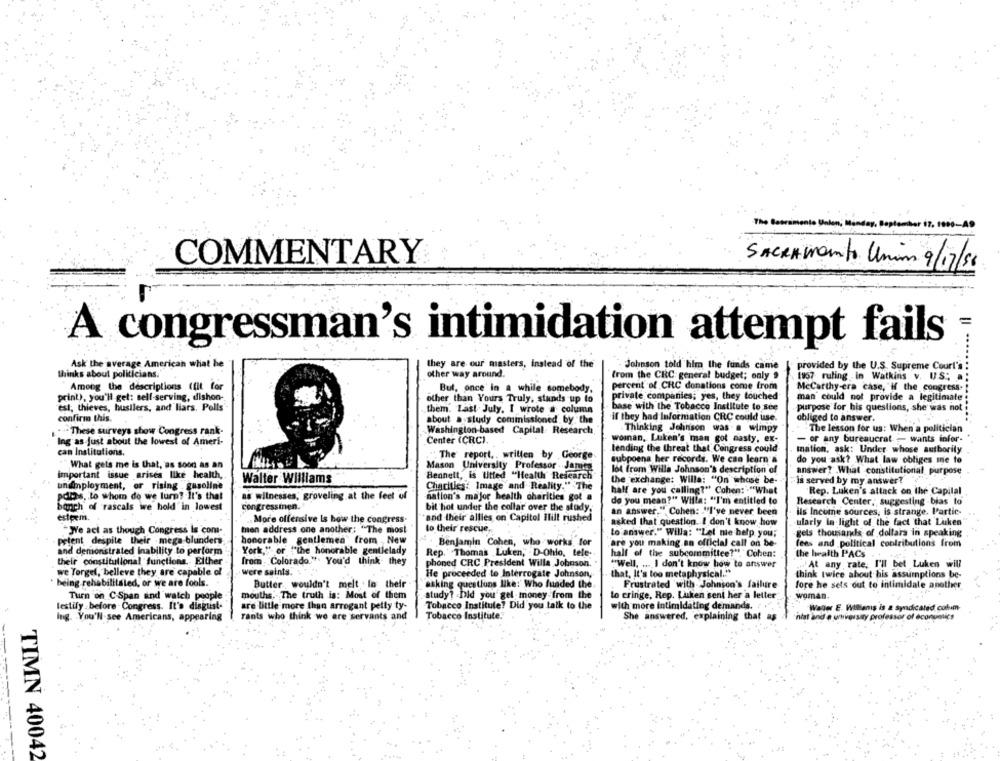
COMMENTARY
SACRAMENTO Unin 9/17/56
A congressman's intimidation attempt fails
Ask the average American what he
they are our masters, instead of the
Johnson told him the funds came
provided by the U.S. Supreme Court's
thinks about politicians.
other way around.
from the CRC: general budget; only 9
1957 ruling . in Watkins v. U.S .:
Among the descriptions (fit for
But, once in a while somebody,
percent of CRC donations come from
Mccarthy-era case, "if the congress.
man could not provide a legitimate
print), you'll get: sell-serving, dishon-
other than Yours Truly, stands up to
private companies; yes, they touched
est; thieves, hustlers, and liars. Polis
them. Last July, I wrote a column
base with the Tobacco Institute to see
purpose for his questions, she was not
confirm this.
about a study cominissioned by the
if they had Information CRC could use.
obliged to answer.
.- These surveys show Congress rank-
Washington-based Capital Research
Thinking Johnson was a wimpy
- The lesson for us: When a politician
Ing as-just about the lowest of Ameri-
Center (CRC).
woInan, Luken's man got nasty, ex-
- or any bureaucrat- wants infor-
lending the threat that Congress could
mation, ask: Under whose authority
can Institutions.
The report ,, written by George
What gels me is that, as soon as an
subpoena her records. We can learn's
do you ask? What law obliges me to
Mason University Professor .Jane
lot from Willa Johnson's description of
answer? What constitutional purpose
important issue arises like health,
Walter Williams
Bennett, is titted "Health Research
the exchange: Willa: "On whose be-
undiployment, or rising . gasoline
Charities: Image and Reality." The
is served by my answer?
half are you calling?" Cohen: "What
"Rep. Luken's attack on the Capital
polis, to whom do we turn? It's that
as witnesses; groveling at the feet of
nation's major health charities got a
do you mean?" Willa: "I'm entitled to
Research Center, suggesting -bias to
banch of rascals we hold in lowest
congressinen.
bit hot under the collar over the study.
an answer." Cohen: "I've never been
ils Income sources, is strange. Partic-
esteem.
"and their allies on Capitol Hill rushed
.More offensive Is how the congress-
asked that question. I don't know how
-ularly in light of the fact that Luken
"We act as though Congress Is com-
bien address one another; "The most
to their rescue,
to answer." Willa: "Let me help you;
gels thousands of dollars in speaking
petent despite their mega-blunders
honorable gentlemen from New
Benjamin Cohen, who works for
are you making an official call on be-
fees and political contributions from
and demonstrated inability to perform
York,"" or ""the honorable gentlelady
Rep. Thomas Luken," - D-Ohio, tele-
half of the subcommittee?"." Cohen:
the health PACs
their constitutional functions. Either
from : Colorado." You'd think- they
phoned CRC President Willa Johnson.
"Well. .... I don't know how to answer
'At any rate, I'll bet Luken will
were saints.
we Torgel, belleve they are capable of
He proceeded to Interrogate Johnson,
that, It's too metaphysical."
think twice about his assumptions be-
being rehabilitated, or we are fools.
Butter wouldn't melt In their
asking questions like:' Who funded the
Frustrated with Johnson's failure
fore he sets out to intimidate another
Turn on C-Span and watch people
mouths. The truth is: Most of them
study? - Did you' gel money from the
to cringe, Rep. Luken sent her a letter
woman.
testify -before . Congress. It's disgust-
are little more than arrogant petty ty-
Tobacco Institule? Did you talk to the
with more intimidating demands. ..
Waller E. Willems is a syndicated colm
Tants who think we are servants and
Tobacco Institute.
She answered, explaining that as
nist and @ whivarsity professor of economics
Ing. You'll see Americans, appearing
TIMN 40042